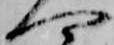
へ